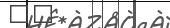
٣٤